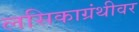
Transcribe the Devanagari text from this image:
लसिकाग्रंथीवर